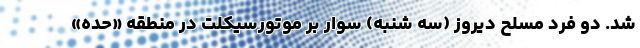
شد. دو فرد مسلح دیروز (سه شنبه) سوار بر موتورسیکلت در منطقه «حده»